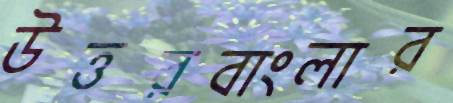
উত্তরবাংলার